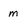
Character: m